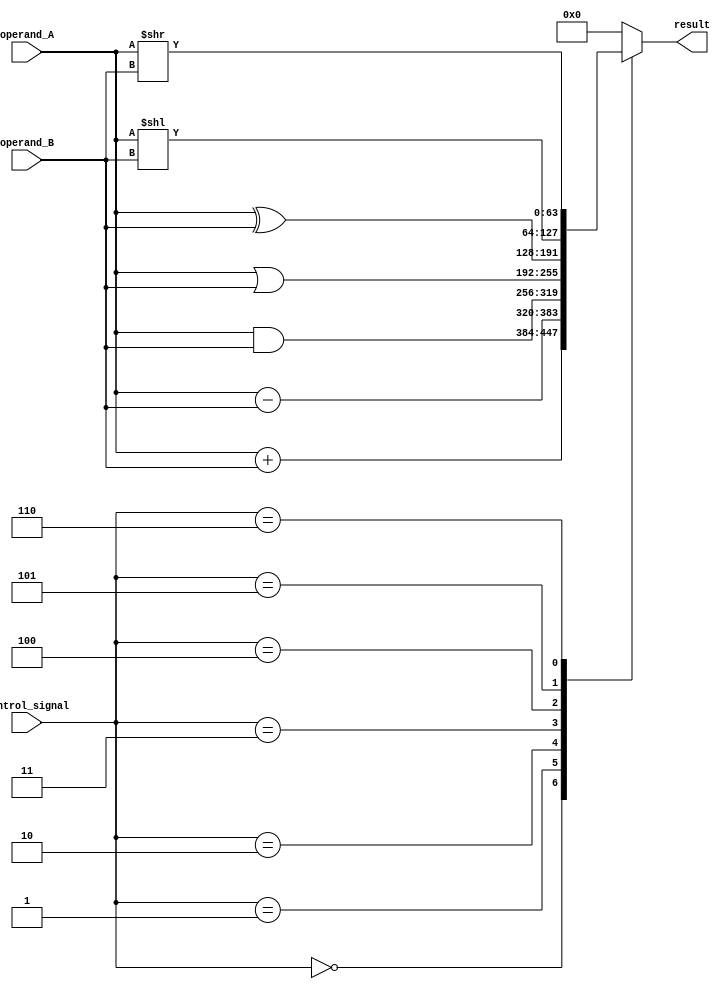
module ALU_64bit (
    input [63:0] operand_A,
    input [63:0] operand_B,
    input [2:0] control_signal,
    output reg [63:0] result
);

always @ (*)
begin
    case(control_signal)
        3'b000: result = operand_A + operand_B; // Addition
        3'b001: result = operand_A - operand_B; // Subtraction
        3'b010: result = operand_A & operand_B; // Bitwise AND
        3'b011: result = operand_A | operand_B; // Bitwise OR
        3'b100: result = operand_A ^ operand_B; // Bitwise XOR
        3'b101: result = operand_A << operand_B; // Left shift
        3'b110: result = operand_A >> operand_B; // Right shift
        // Add more cases for other operations if needed
        default: result = 64'b0; // Default case
    endcase
end

endmodule